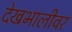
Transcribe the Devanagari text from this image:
देखभालीवर